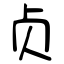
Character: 贞